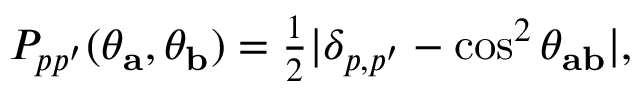
\begin{array} { r } { P _ { p p ^ { \prime } } ( \theta _ { \mathbf { a } } , \theta _ { \mathbf { b } } ) = \frac { 1 } { 2 } | \delta _ { p , p ^ { \prime } } - \cos ^ { 2 } \theta _ { \mathbf { a b } } | , } \end{array}